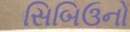
સિબિઉનો